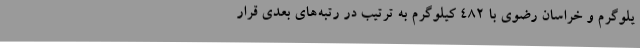
یلوگرم و خراسان رضوی با ۴۸۲ کیلوگرم به ترتیب در رتبه‌های بعدی قرار